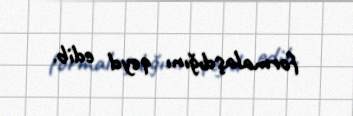
formalaşdığını qeyd edib.